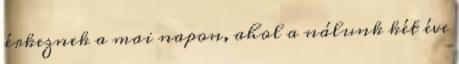
érkeznek a mai napon, ahol a nálunk két éve